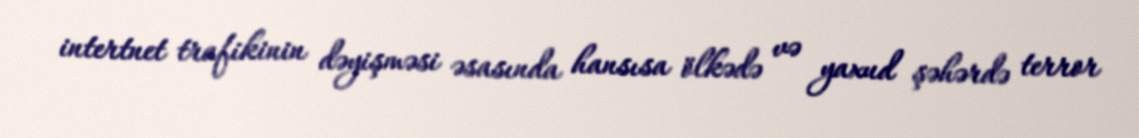
intertnet trafikinin dəyişməsi əsasında hansısa ölkədə və yaxud şəhərdə terror